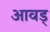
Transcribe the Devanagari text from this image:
आवड्